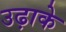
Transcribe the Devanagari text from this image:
उढ़ाके